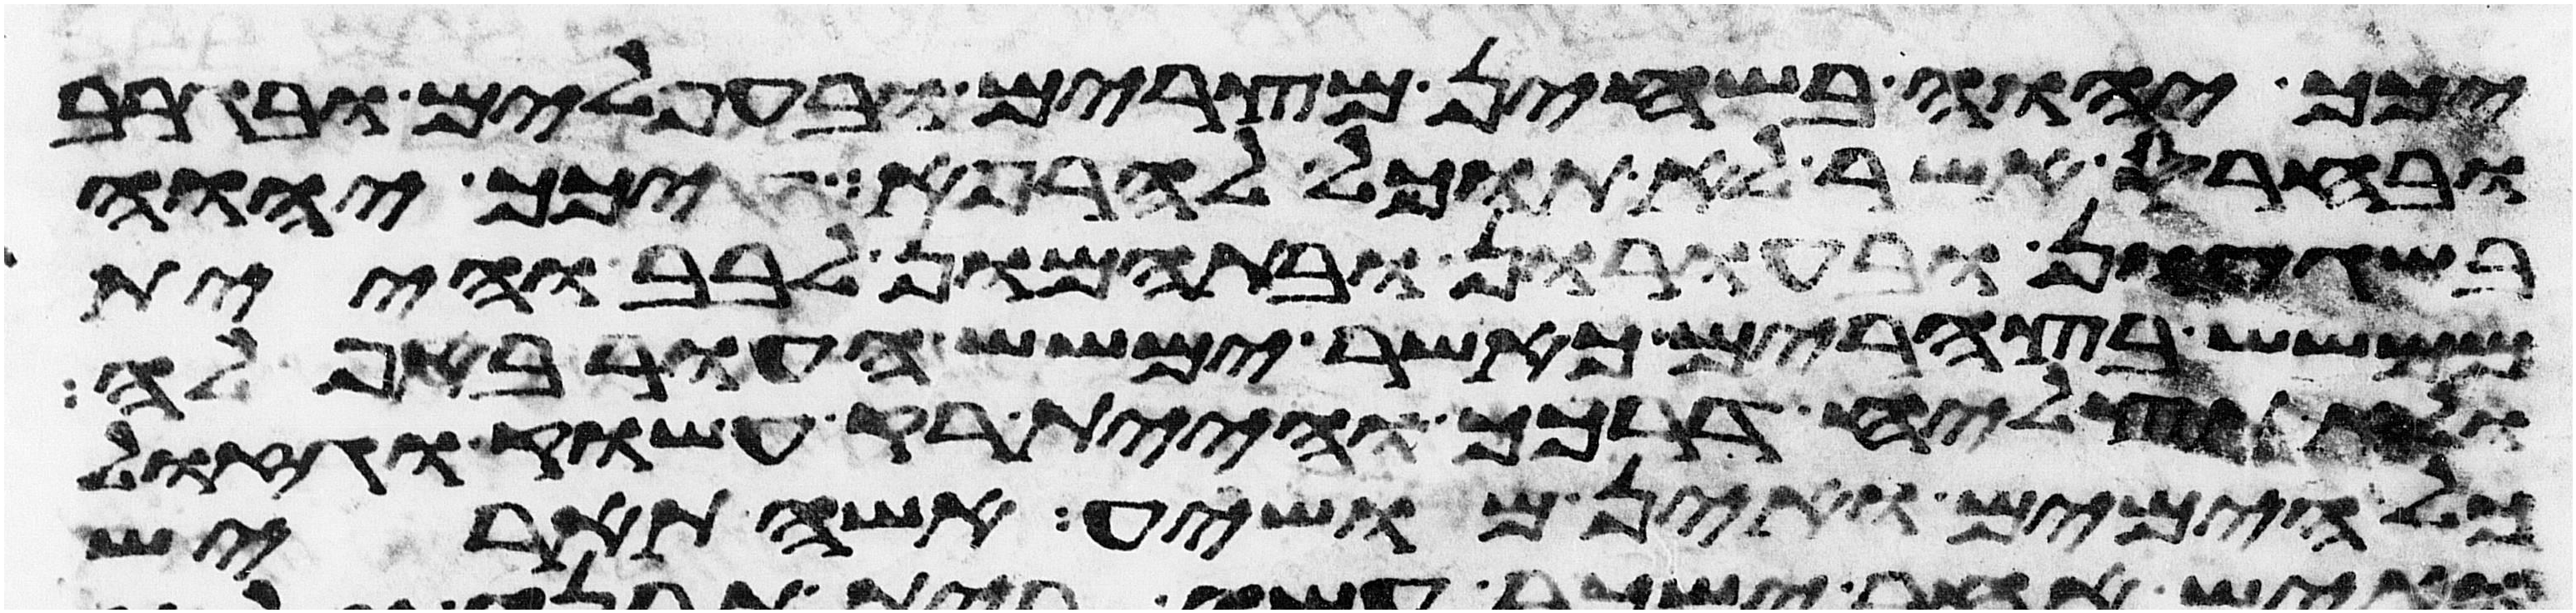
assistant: יכך יהוה בשחין מצרים ובעפלים ובגרב
ובחרס אשר לא תוכל להרפא יכך יהוה
בשגעון ובעורון ובתמהון לבב והיית
ממשש בצהרים כאשר ימשש העור באפלה
ולא תצליח דרכך והיית רק עשוק וגזול
כל הימים ואין מושיע אשה תארש